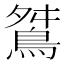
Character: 𪀾